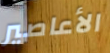
الأعاصير